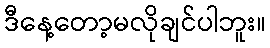
ဒီနေ့တော့မလိုချင်ပါဘူး။